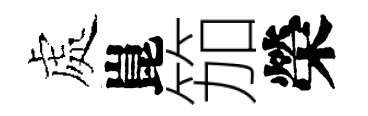
處崑笳榮